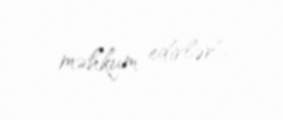
məhkum edirlər".